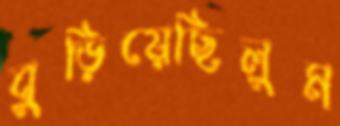
বুড়িয়েছিলুম